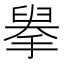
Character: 𢲓